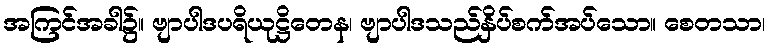
အကြင်အခါ၌။ ဗျာပါဒပရိယုဋ္ဌိတေန၊ ဗျာပါဒသည်နှိပ်စက်အပ်သော။ စေတသာ၊